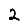
Digit: 2